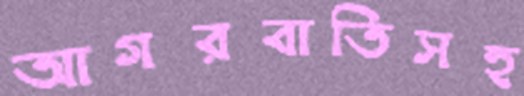
আগরবাতিসহ